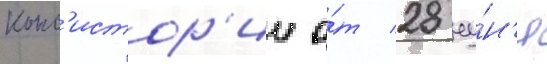
конс'истор'ии о́т 28 иу́н'я